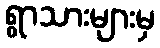
ရွာသားများမှ